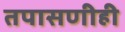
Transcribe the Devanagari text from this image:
तपासणीही